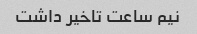
نیم ساعت تاخیر داشت